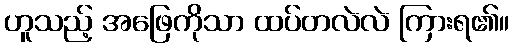
ဟူသည့် အဖြေကိုသာ ထပ်တလဲလဲ ကြားရ၏။